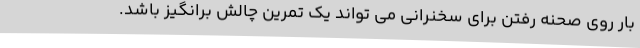
بار روی صحنه رفتن برای سخنرانی می تواند یک تمرین چالش برانگیز باشد.